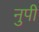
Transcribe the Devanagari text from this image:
नुपी